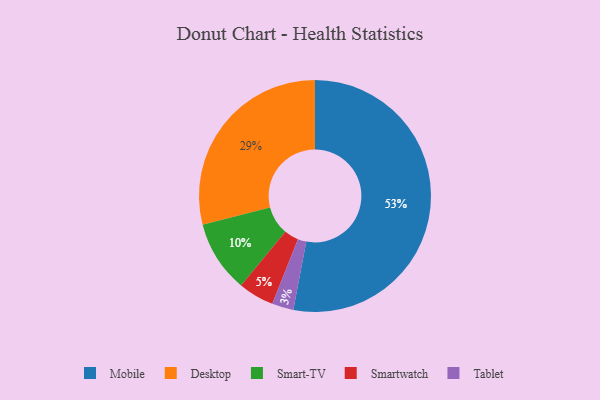
{"axis": {"x": "Category", "y": "Percentage"}, "legend": ["Desktop", "Mobile", "Smart-TV", "Smartwatch", "Tablet"], "data": [{"x": "Smartwatch", "y": 5, "type": "Smartwatch"}, {"x": "Desktop", "y": 29, "type": "Desktop"}, {"x": "Smart-TV", "y": 10, "type": "Smart-TV"}, {"x": "Tablet", "y": 3, "type": "Tablet"}, {"x": "Mobile", "y": 53, "type": "Mobile"}]}